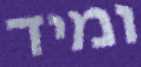
ומיד